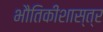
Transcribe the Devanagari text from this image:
भौतिकीशास्त्र